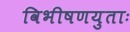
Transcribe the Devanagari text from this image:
विभीषणयुताः